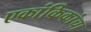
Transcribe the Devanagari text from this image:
एकांकिकांचा